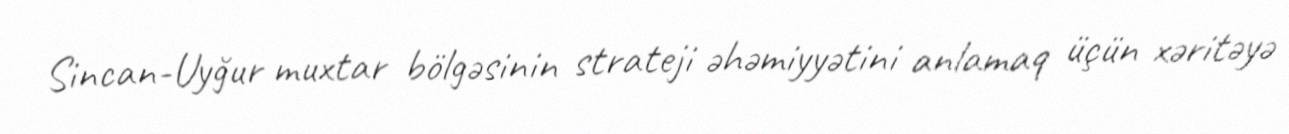
Sincan-Uyğur muxtar bölgəsinin strateji əhəmiyyətini anlamaq üçün xəritəyə